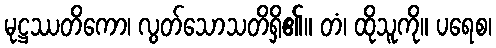
မုဋ္ဌဿတိကော၊ လွတ်သောသတိရှိ၏။ တံ၊ ထိုသူကို။ ပရေစ၊